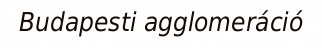
Budapesti agglomeráció